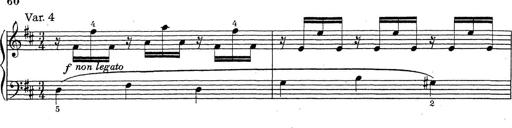
Title: ÄŒeskÃ© Sonatiny
Composer: Various